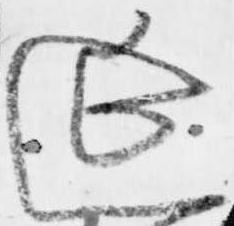
延